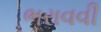
ભરાવવી